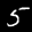
Label: 5